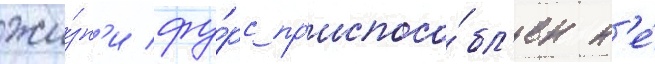
жи́зн'и фу́рс пр'испосо́бл'ен н'е́